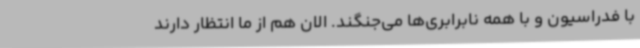
با فدراسیون و با همه نابرابری‌ها می‌جنگند. الان هم از ما انتظار دارند